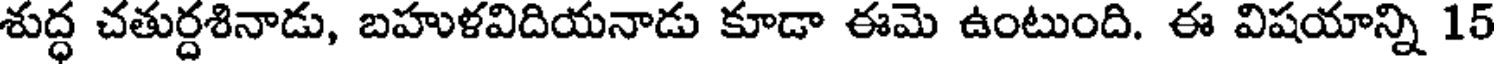
శుద్ధ చతుర్దశినాడు, బహుళవిదియనాడు కూడా ఈమె ఉంటుంది. ఈ విషయాన్ని 15